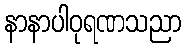
နာနာပါဝုရဏသညာ